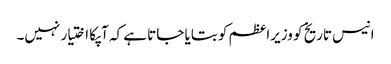
انیس تاریخ کو وزیراعظم کو بتایا جاتا ہے کہ آپکا اختیار نہیں۔